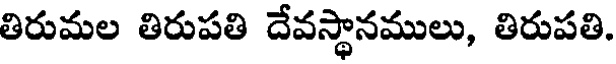
తిరుమల తిరుపతి దేవస్థానములు, తిరుపతి.